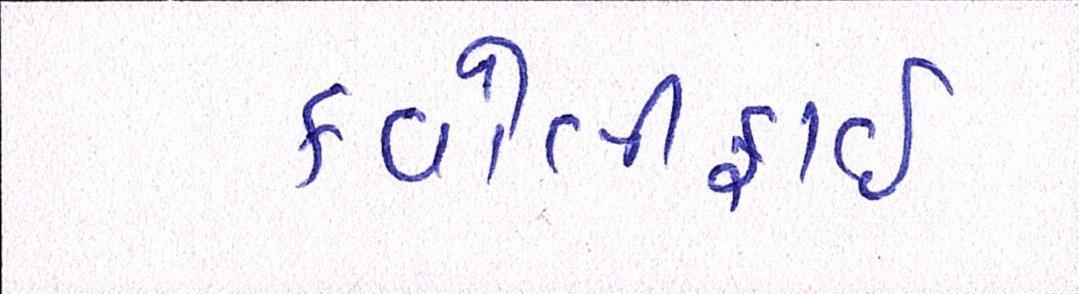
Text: કવોલીફાઈ